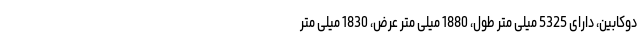
دوکابین، دارای 5325 میلی متر طول، 1880 میلی متر عرض، 1830 میلی متر